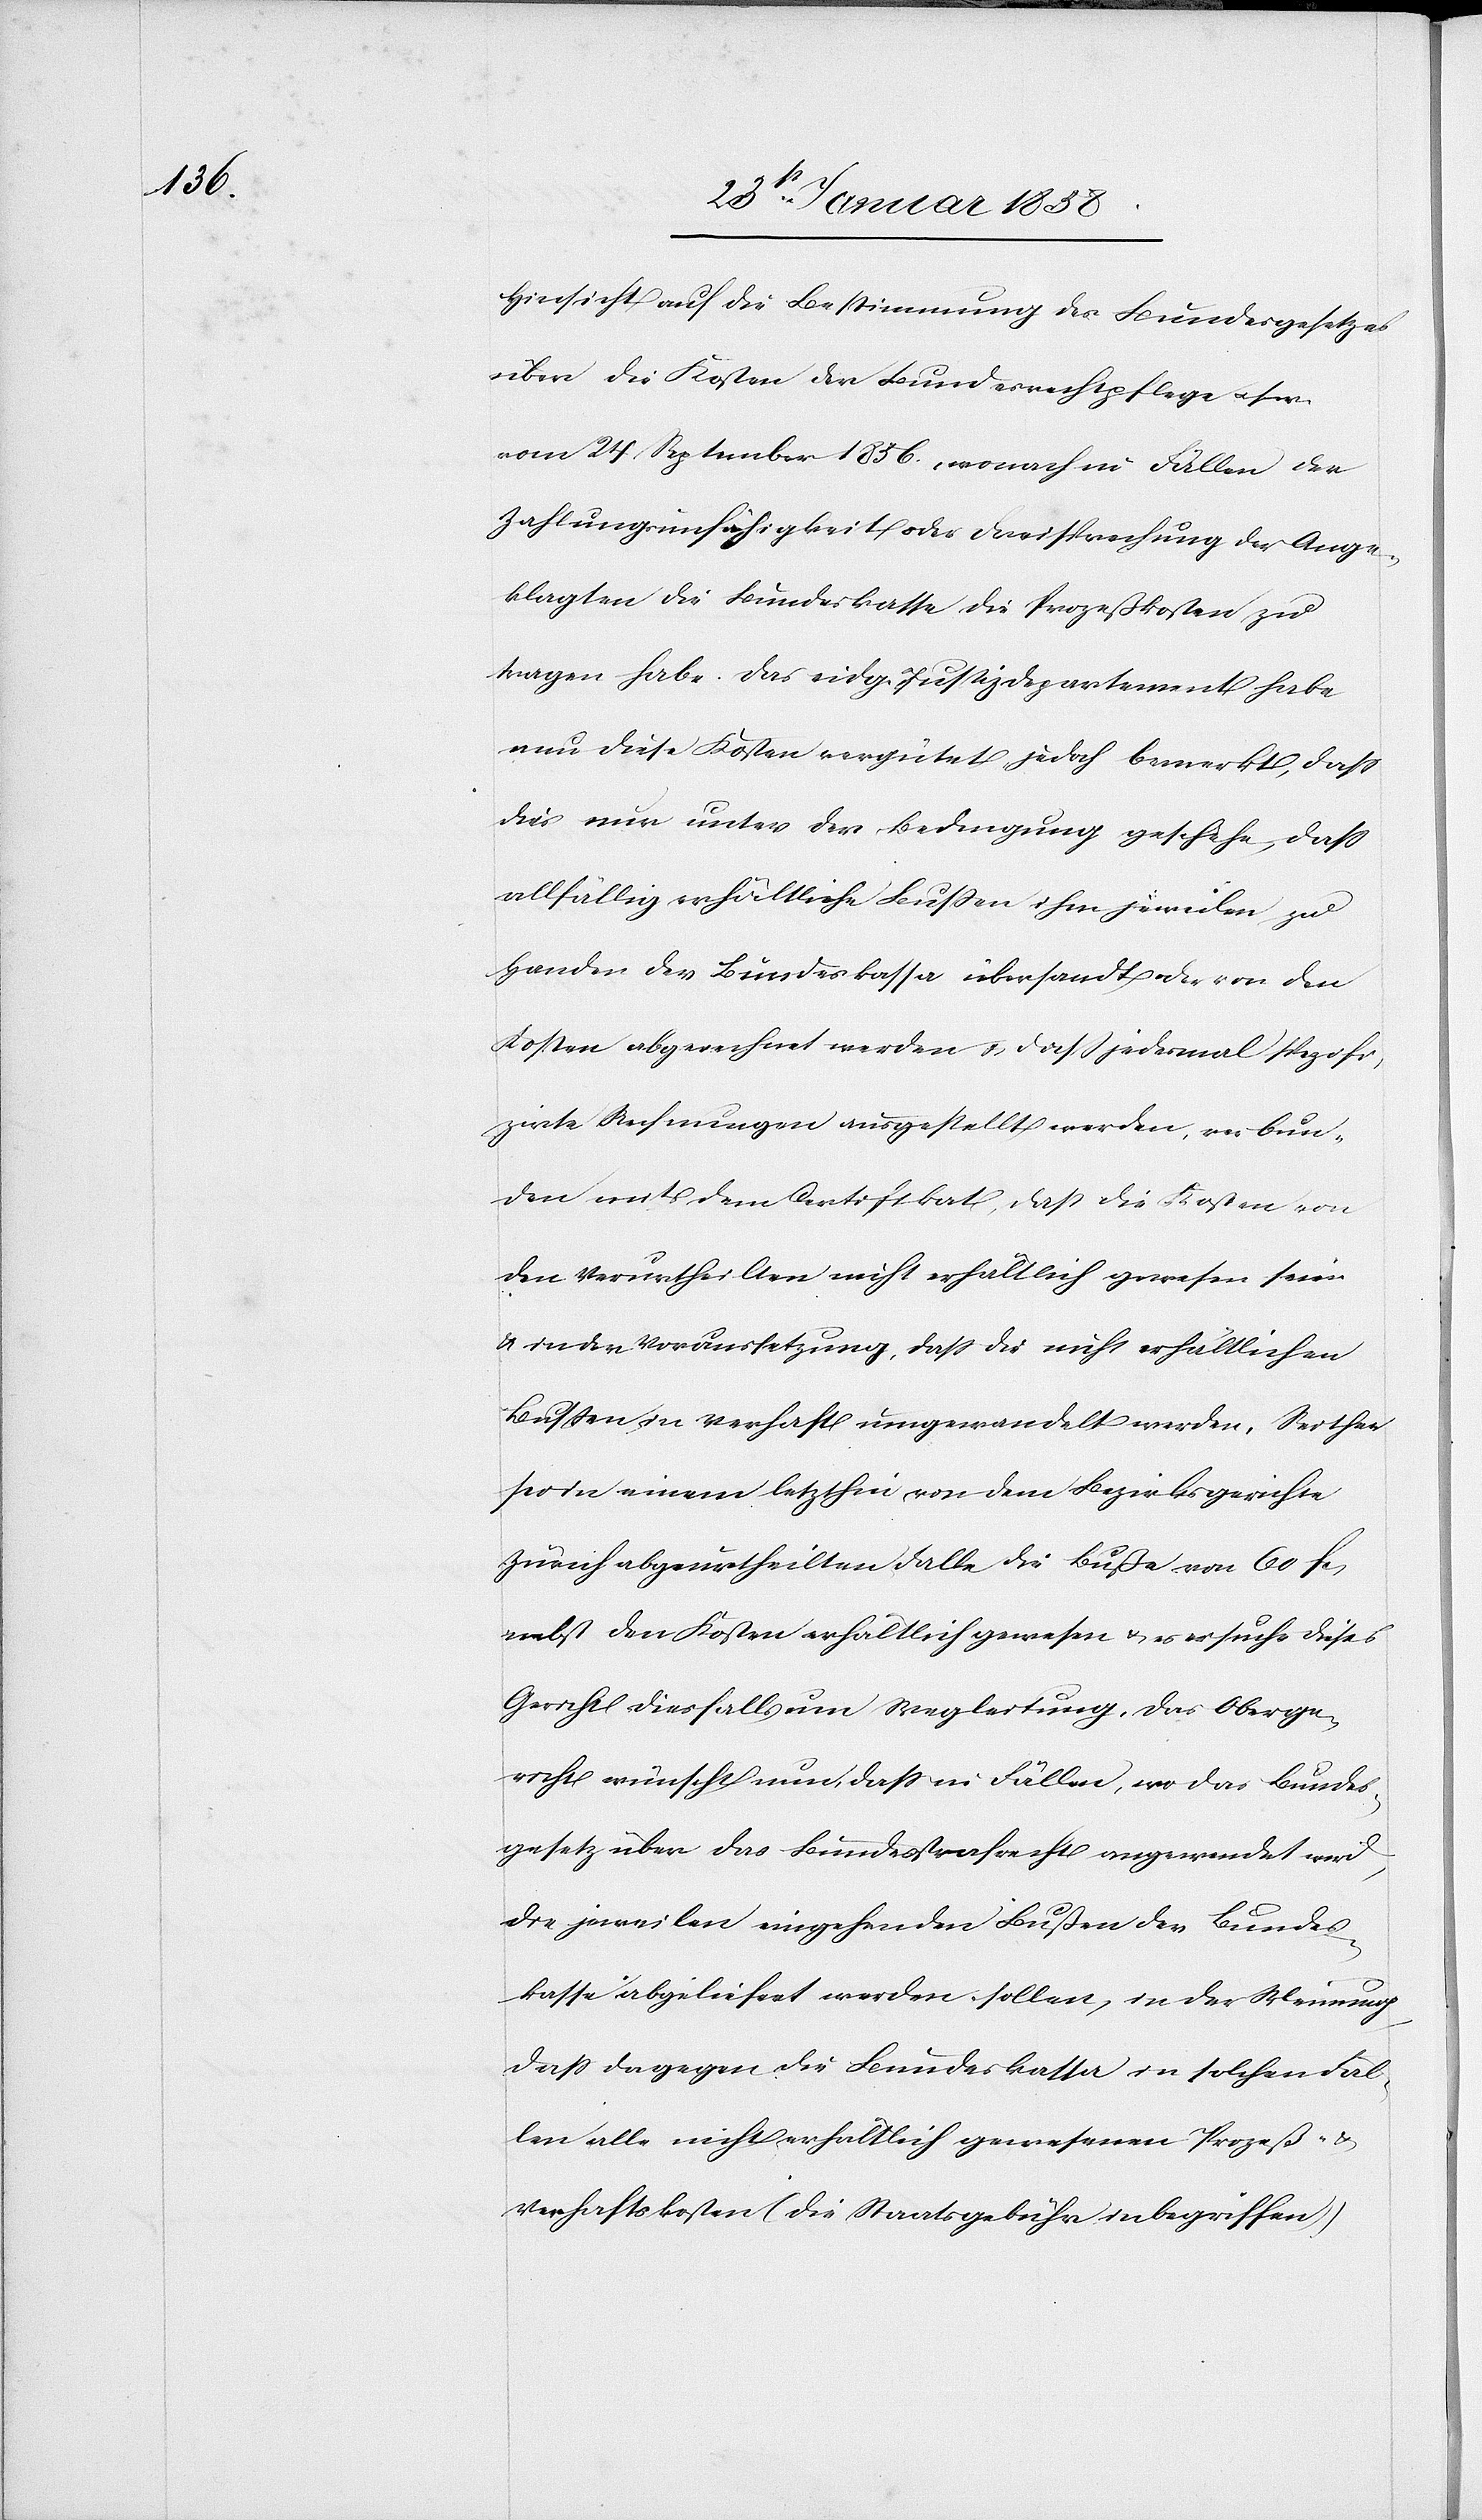
Hinsicht auf die Bestimmung des Bundesgesetzes
über die Kosten der Bundesrechtpflege usw.
vom 24. September 1856, wonach in Fällen der
Zahlungsunfähigkeit oder Freisprechung der Ange¬
klagten die Bundeskasse die Prozeßkosten zu
tragen habe. Das eidg. Justizdepartement habe
nun diese Kosten vergütet jedoch bemerkt, daß
dies nur unter der Bedingung geschehe, daß
allfällig erhältliche Bußen jeweilen zu
Handen der Bundeskassa übersandt oder von den
Kosten abgerechnet werden u. daß jedesmal spezifi¬
zirte Rechnungen ausgestellt werden, verbun¬
den mit dem Certifikat, daß die Kosten von
den Verurtheilten nicht erhältlich gewesen seien
u. in der Voraussetzung, daß die nicht erhältlichen
Bußen in Verhaft umgewandelt werden. Seither
sei in einem letzthin von dem Bezirksgerichte
Zürich abgeurtheilten Falle die Buße von 60 fcs.
nebst den Kosten erhältlich gewesen u. es ersuche dieses
Gericht diesfalls um Wegleitung. Das Oberge¬
richt wünscht nun, daß in Fällen, wo das Bundes¬
gesetz über das Bundesstrafrecht angewendet wird,
die jeweilen eingehenden Bußen der Bundes¬
kasse abgeliefert werden sollen, in der Meinung,
daß dagegen die Bundeskassa in solchen Fäl¬
len alle nicht erhältlich gewesenen Prozeß- u.
Verhaftskosten (die Staatsgebühr inbegriffen)